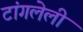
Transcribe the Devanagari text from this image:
टांगलेली